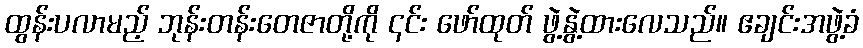
ထွန်းပလာမည့် ဘုန်းတန်းတေဇာတို့ကို ၎င်း ဖော်ထုတ် ဖွဲ့နွဲ့ထားလေသည်။ ဧချင်းအဖွဲ့ခံ